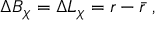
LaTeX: \Delta B _ { \chi } = \Delta L _ { \chi } = r - \bar { r } ~ ,